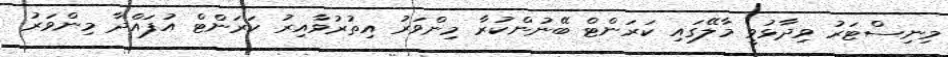
މިނިސްޓަރު ވިދާޅުވީ މާލޭގައި ކަރަންޓް ބޭނުންކުރާ މިންވަރު އިތުރުވާއިރު ކަރަންޓް އުފައްދާ މިންވަރު